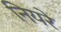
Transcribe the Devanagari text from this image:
नियरे